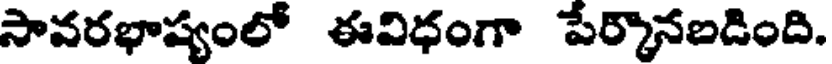
సావరభాష్యంలో ఈవిధంగా పేర్కొనబడింది.